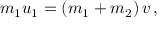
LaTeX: m _ { 1 } u _ { 1 } = \left( m _ { 1 } + m _ { 2 } \right) v \, ,